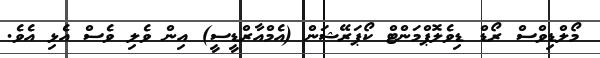
މޯލްޑިވްސް ރޯޑް ޑިވެލޮޕްމަންޓް ކޯޕަރޭޝަން (އެމްއާރްޑީސީ) އިން ވެލި ވެސް އެޅި އެވެ.